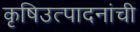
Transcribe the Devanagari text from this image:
कृषिउत्पादनांची